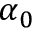
\alpha _ { 0 }